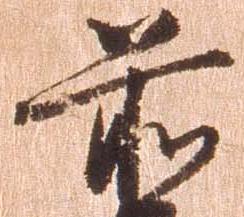
前